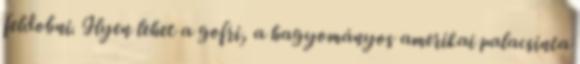
feldobni. Ilyen lehet a gofri, a hagyományos amerikai palacsinta